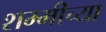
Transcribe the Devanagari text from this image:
शम्मीच्या